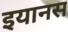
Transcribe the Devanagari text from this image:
इयानस